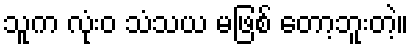
သူက လုံးဝ သံသယ မဖြစ် တော့ဘူးတဲ့။